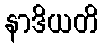
နာဒိယတိ